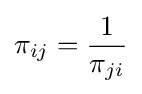
\pi _{ij}={\frac {1}{\pi _{ji}}}